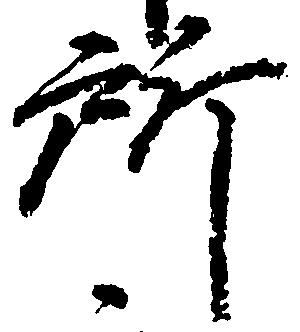
所